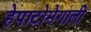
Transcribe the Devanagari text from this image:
हेपाटोमेगाली